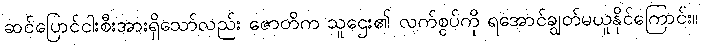
ဆင်ပြောင်ငါးစီးအားရှိသော်လည်း ဇောတိက သူဌေး၏ လက်စွပ်ကို ရအောင်ချွတ်မယူနိုင်ကြောင်း။